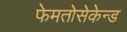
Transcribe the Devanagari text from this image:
फेमतोसेकेन्‍ड